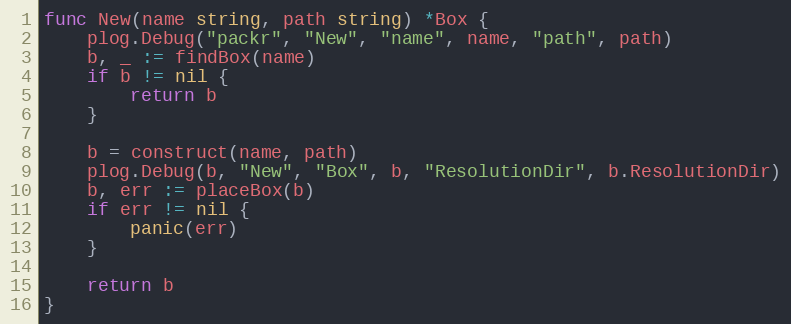
Language: Go
func New(name string, path string) *Box {
	plog.Debug("packr", "New", "name", name, "path", path)
	b, _ := findBox(name)
	if b != nil {
		return b
	}

	b = construct(name, path)
	plog.Debug(b, "New", "Box", b, "ResolutionDir", b.ResolutionDir)
	b, err := placeBox(b)
	if err != nil {
		panic(err)
	}

	return b
}